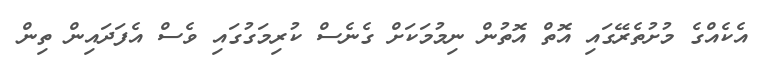
އެކެއްގެ މުށުތެރޭގައި އޮތް އޮތުން ނިމުމަކަށް ގެނެސް ކުރިމަގުގައި ވެސް އެފަދައިން ތިން